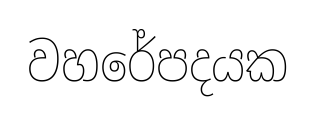
වහරේපදයක